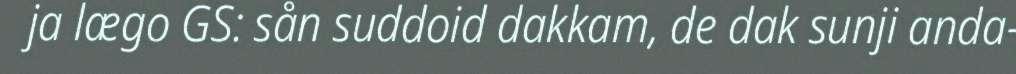
ja lægo GS: sån suddoid dakkam, de dak sunji anda-